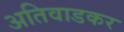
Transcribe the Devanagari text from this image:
अतिवाडकर